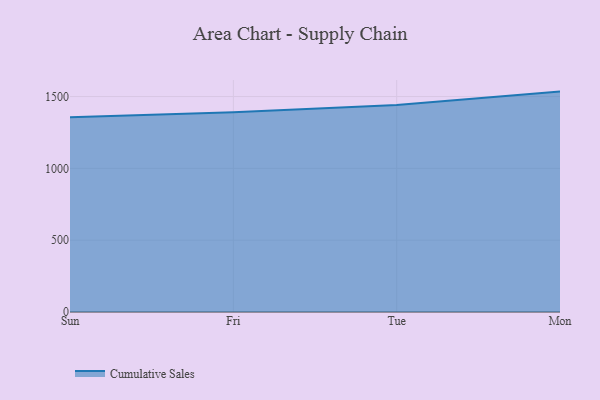
{"axis": {"x": "Day", "y": "Customer Acquisition Cost (USD)"}, "legend": ["Cumulative Sales"], "data": [{"x": "Sun", "y": 1356.2, "type": "Cumulative Sales"}, {"x": "Fri", "y": 1391.3, "type": "Cumulative Sales"}, {"x": "Tue", "y": 1441.4, "type": "Cumulative Sales"}, {"x": "Mon", "y": 1534.4, "type": "Cumulative Sales"}]}